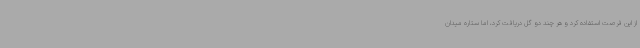
از این فرصت استفاده کرد و هر چند دو گل دریافت کرد، اما ستاره میدان